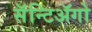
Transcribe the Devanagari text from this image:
सॅन्टिॲगो